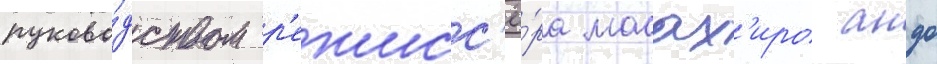
руково́дством р'ежисс'ё́ра масах'иро андо